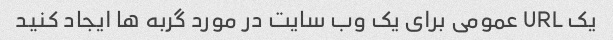
یک URL عمومی برای یک وب سایت در مورد گربه ها ایجاد کنید